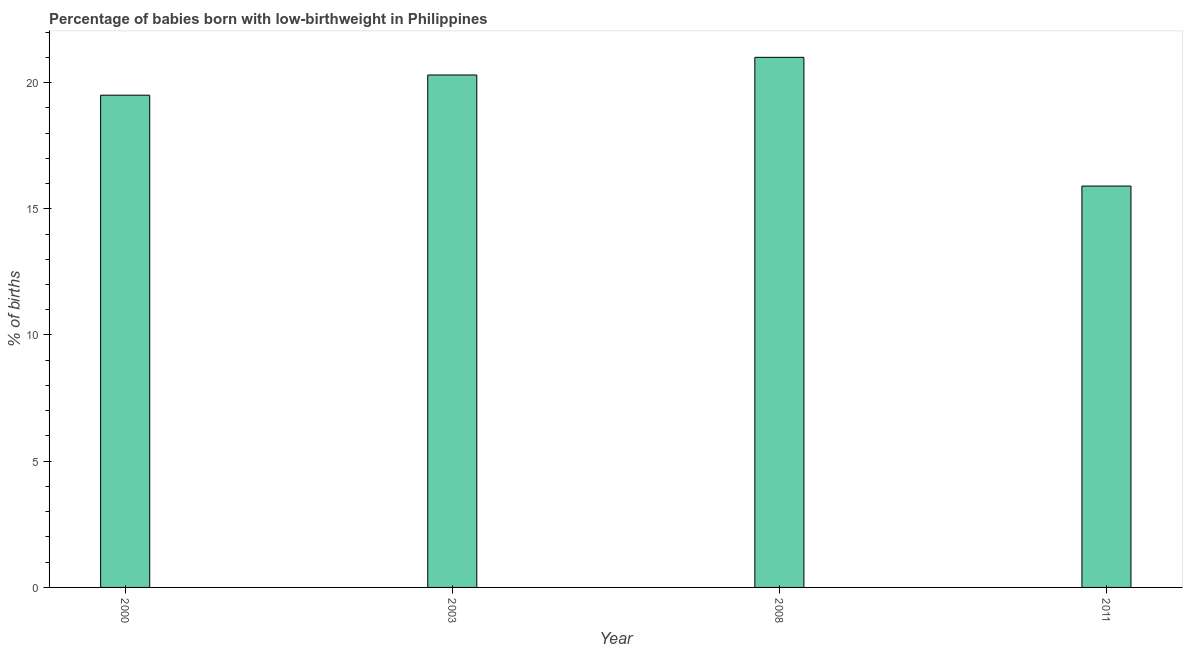
| Year | Low-birthweight babies |
 | --- | --- |
 | 2000 | 19.5 |
 | 2003 | 20.3 |
 | 2008 | 21 |
 | 2011 | 15.9 |